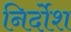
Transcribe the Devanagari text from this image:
निर्दोश